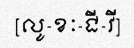
[លូ-ខៈ-ជី-វី]